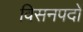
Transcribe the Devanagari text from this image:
विसनपदों